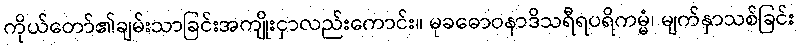
ကိုယ်တော်၏ချမ်းသာခြင်းအကျိုးငှာလည်းကောင်း။ မုခဓောဝနာဒိသရီရပရိကမ္မံ၊ မျက်နှာသစ်ခြင်း